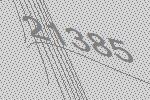
21385